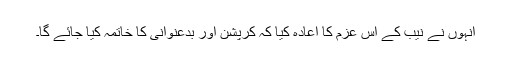
انہوں نے نیب کے اس عزم کا اعادہ کیا کہ کرپشن اور بدعنوانی کا خاتمہ کیا جائے گا۔